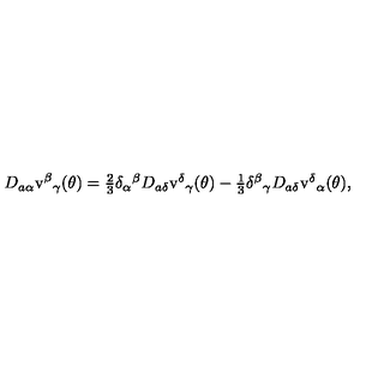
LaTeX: D _ { a \alpha } \mathrm { v } ^ { \beta } { } _ { \gamma } ( \theta ) = \textstyle { \frac { 2 } { 3 } } \delta _ { \alpha } { } ^ { \beta } D _ { a \delta } \mathrm { v } ^ { \delta } { } _ { \gamma } ( \theta ) - \textstyle { \frac { 1 } { 3 } } \delta ^ { \beta } { } _ { \gamma } D _ { a \delta } \mathrm { v } ^ { \delta } { } _ { \alpha } ( \theta ) ,